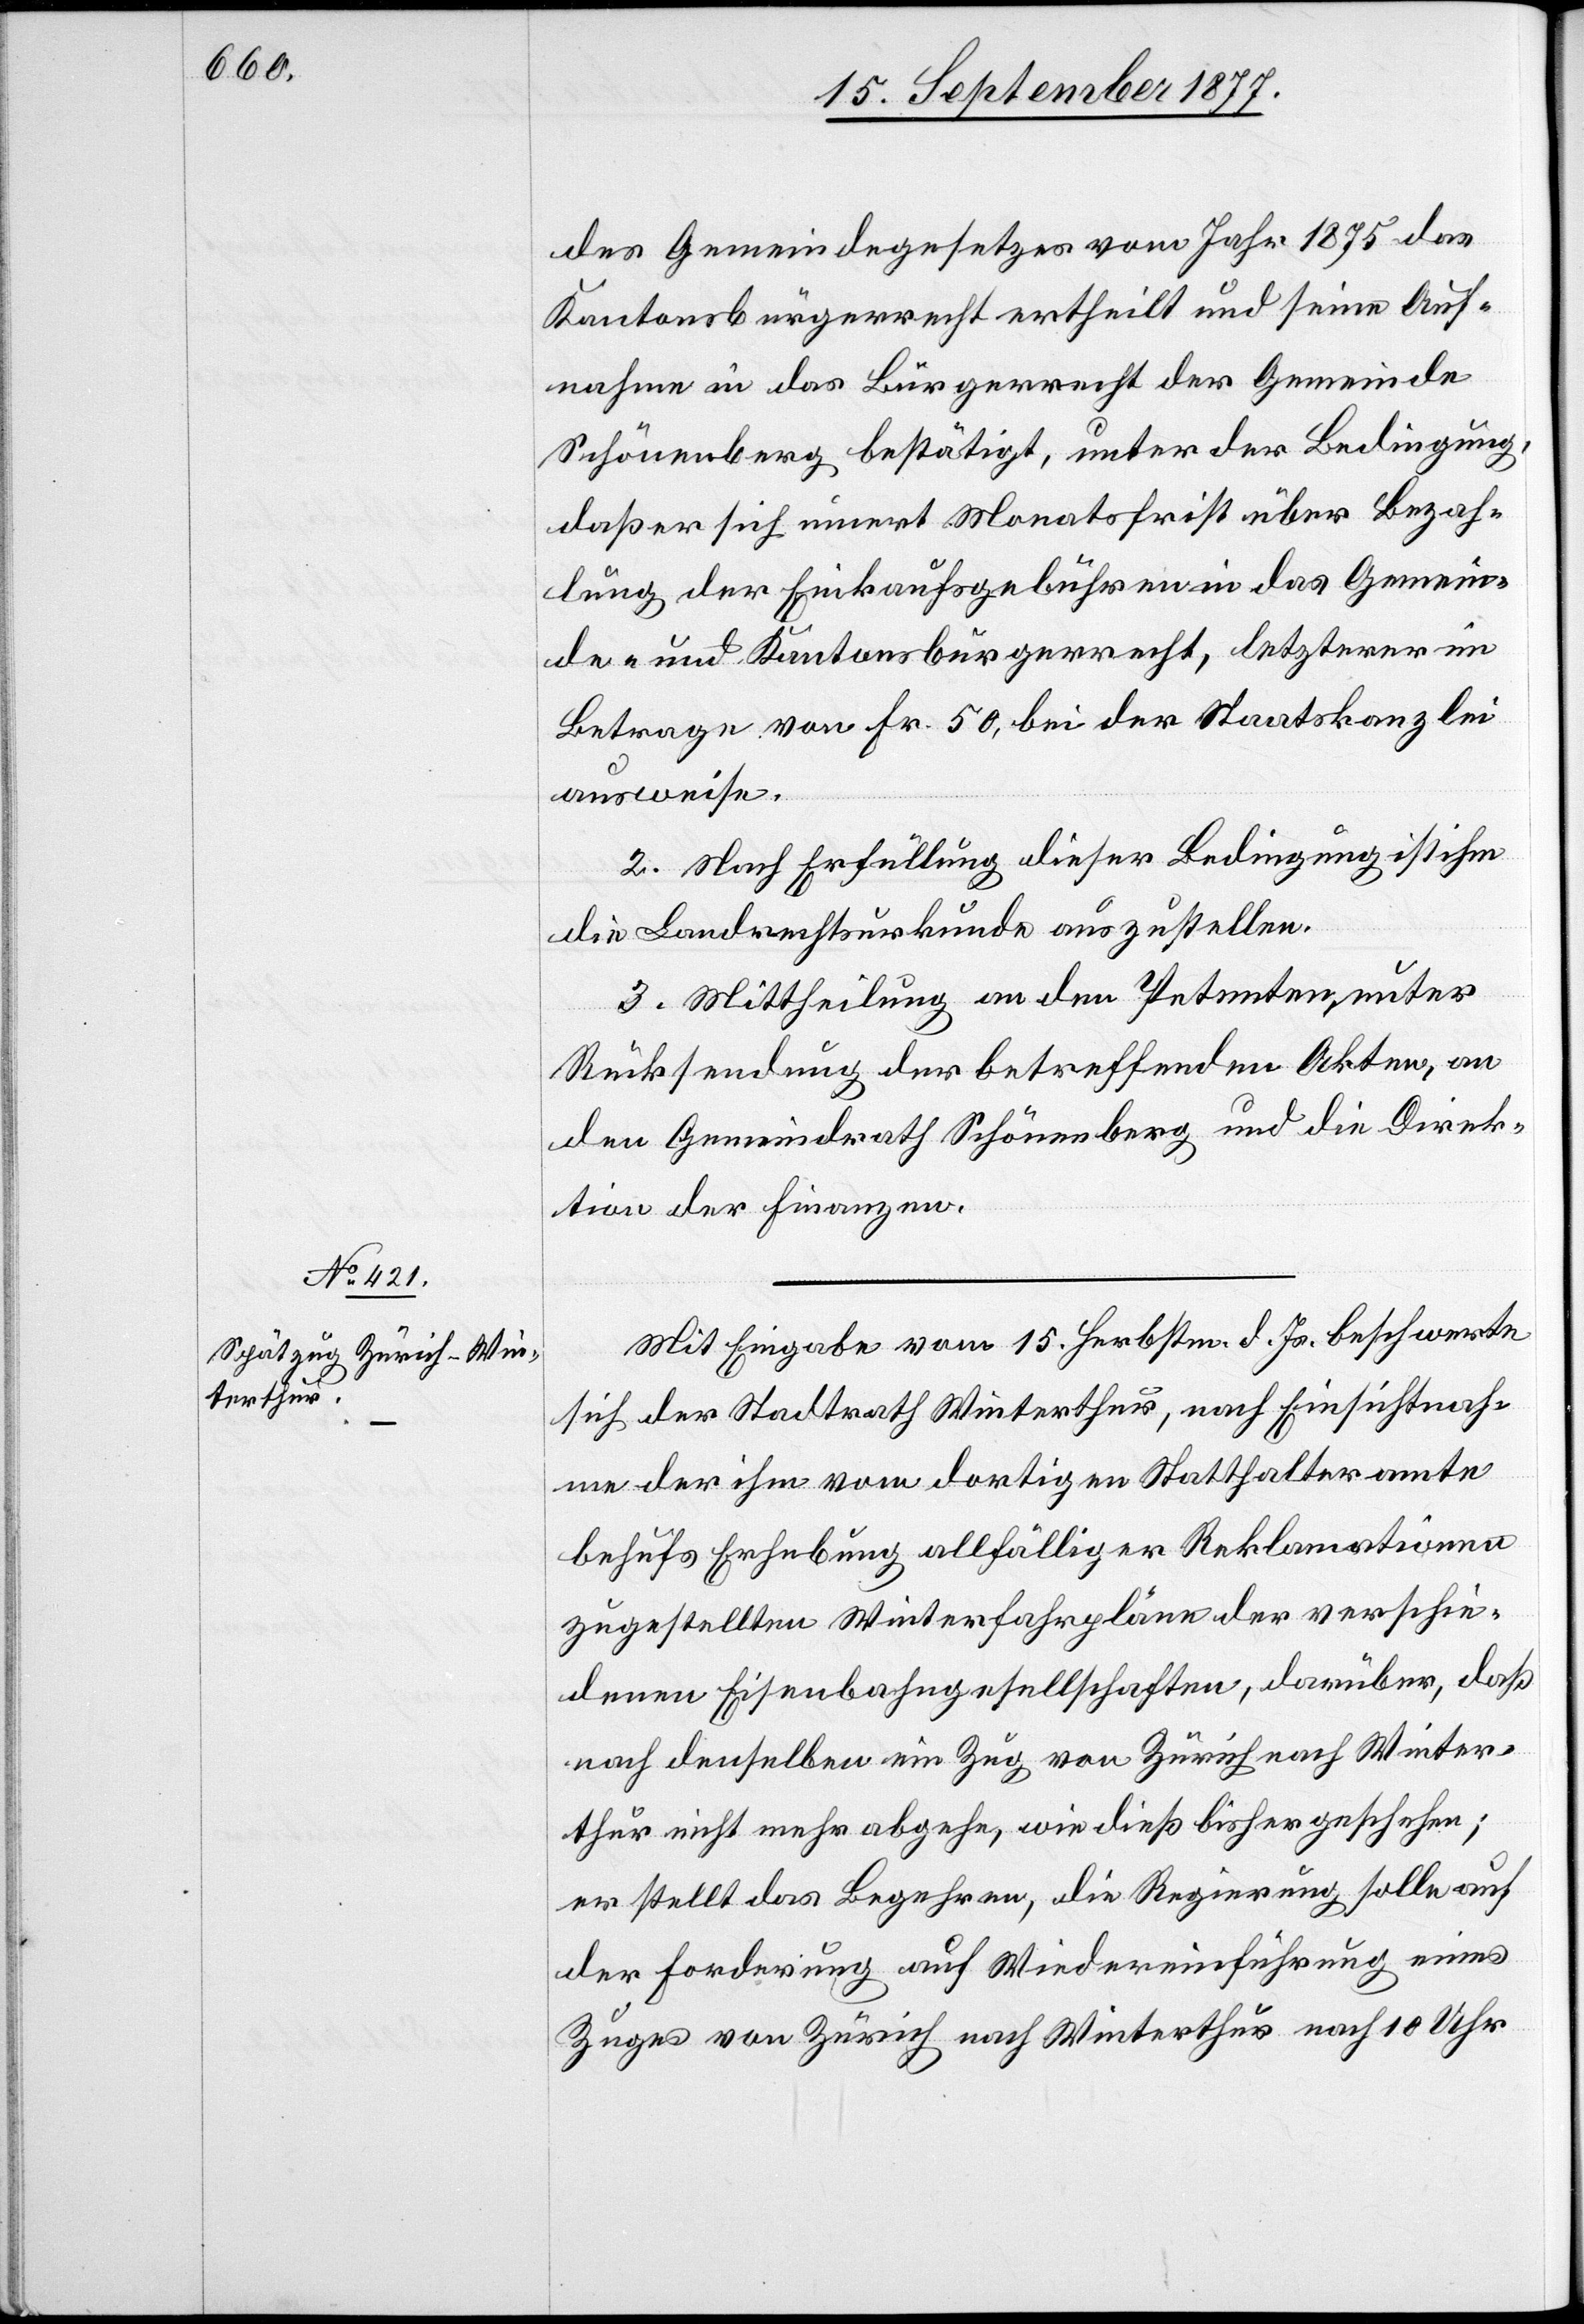
17. September 1877.]
des Gemeindegesetzes vom Jahr 1875 das
Kantonsbürgerrecht ertheilt und seine Auf¬
nahme in das Bürgerrecht der Gemeinde
Schönenberg bestätigt, unter der Bedingung,
daß er sich innert Monatsfrist über Bezah¬
lung der Einkaufsgebühren in das Gemein¬
de- und Kantonsbürgerrecht, letzterer im
Betrage von Fr. 50, bei der Staatskanzlei
ausweise.
2. Nach Erfüllung dieser Bedingung ist ihm
die Landrechtsurkunde auszustellen.
3. Mittheilung an den Petenten, unter
Rücksendung der betreffenden Akten, an
den Gemeindrath Schönenberg und die Direk¬
tion der Finanzen.
Mit Eingabe vom 15. Herbstm. d. Js. beschwerte
sich der Stadtrath Winterthur, nach Einsichtnah¬
me der ihm vom dortigen Statthalteramte
behufs Erhebung allfälliger Reklamationen
zugestellten Winterfahrpläne der verschie¬
denen Eisenbahngesellschaften, darüber, daß
nach denselben ein Zug von Zürich nach Winter¬
thur nicht mehr abgehe, wie dieß bisher geschehen;
er stellt das Begehren, die Regierung solle auf
der Forderung auf Wiedereinführung eines
Zuges von Zürich nach Winterthur nach 10 Uhr